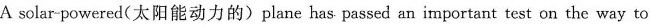
A solar-powered(太阳能动力的)plane has passed an important test on the way to